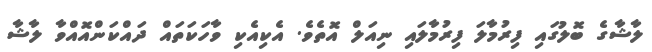
ލާޝާގެ ބޮލުގައި ފިރުމާލަ ފިރުމާލައި ނިއަލް އޮތެވެ. އެކިއެކި ވާހަކަތައް ދައްކަންއޮއްވާ ލާޝާ